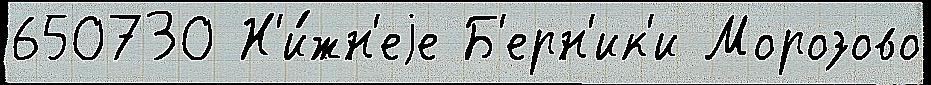
650730 Н'и́жн'еjе Б'ерн'ик'и Морозово